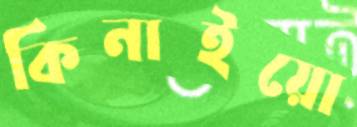
কিনাইয়ো